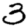
Digit: 3